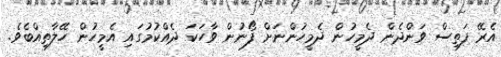
އެރޭ ފަތިސް ވަންދެން ދެމީހުން ދެމީހުންނަށް ފޯނުން ވާހަކަ ދެއްކުމުގައި އެމީހުން ހޭލާތިއްބެވެ.